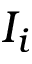
I _ { i }